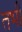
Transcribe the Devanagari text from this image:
तभीं